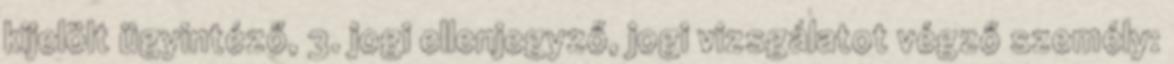
kijelölt ügyintéző, 3. jogi ellenjegyző, jogi vizsgálatot végző személy: